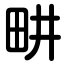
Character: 畊